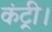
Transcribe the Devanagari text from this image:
कंट्री।